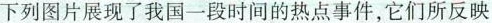
下列图片展现了我国一段时间的热点事件，它们所反映